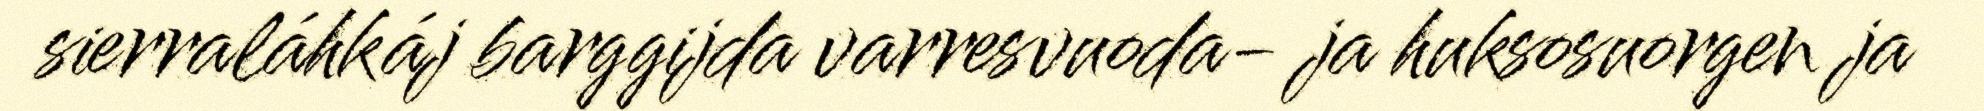
sierraláhkáj barggijda varresvuoda- ja huksosuorgen ja